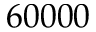
6 0 0 0 0